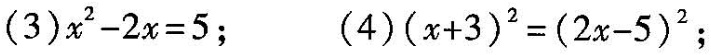
(3)$$x^{2}-2x=5$4；(4)$$(x+3)^{2}=(2x-5)^{2}$$；